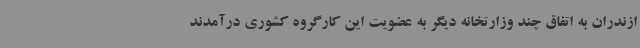
ازندران به اتفاق چند وزارتخانه دیگر به عضویت این کارگروه کشوری درآمدند